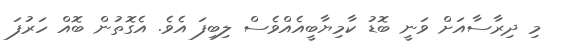
މި ދިރާސާއަށް ވަނީ ބޮޑު ކާމިޔާބީއެއްވެސް ލިބިފަ އެވެ. އެގޮތުން ބޮއް ހަރުފަ